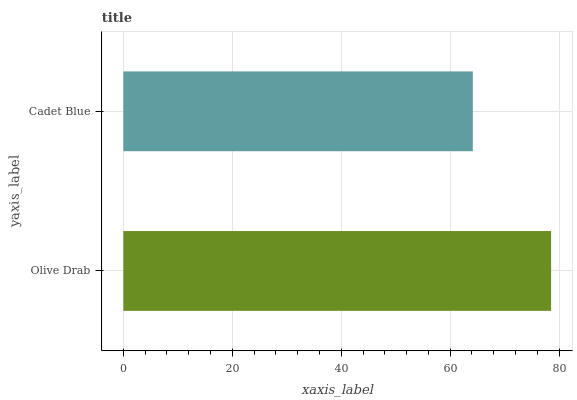
| yaxis_label | bars |
 | --- | --- |
 | Olive Drab | 78.5 |
 | Cadet Blue | 64.2 |